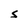
Character: S